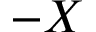
- X